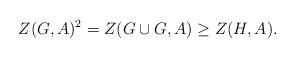
LaTeX: \begin{align*}Z(G,A)^2=Z(G\cup G,A)\geq Z(H,A).\end{align*}